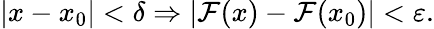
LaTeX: |x-x_{0}|<\delta\Rightarrow|\mathcal{F}(x)-\mathcal{F}(x_{0})|<\varepsilon.